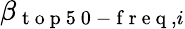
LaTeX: \beta_{\mathrm{~t~o~p~5~0~-~f~r~e~q~},i}